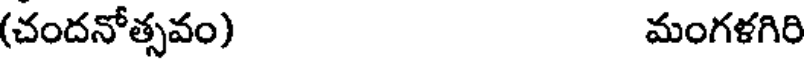
(చందనోత్సవం) మంగళగిరి